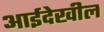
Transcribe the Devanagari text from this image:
आईदेखील